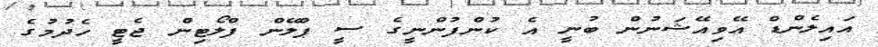
އައިލެންޑް އޭވިއޭޝަނުން ބުނީ އެ ކުންފުންނީގެ ސީ ޕްލޭން ފްލޯޓިން ޖެޓީ ހެދުމުގެ